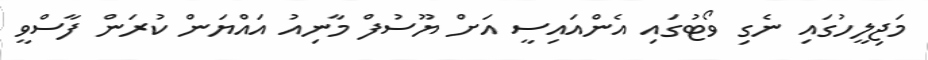
މަޖިލީހުގައި ނެގި ވޯޓުގައި އެންއައިސީ އަށް ޔޫސުފް މާނިއު އައްޔަން ކުރަން ފާސްވީ